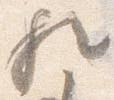
歟